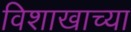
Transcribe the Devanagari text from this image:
विशाखाच्या